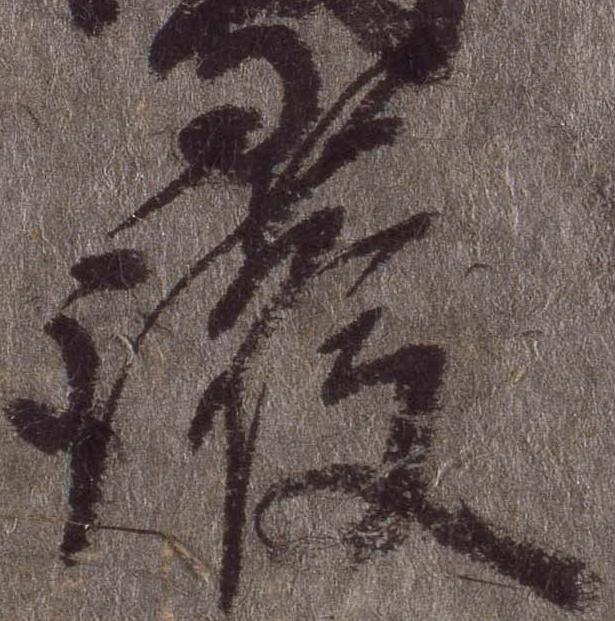
護